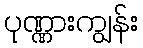
ပုဏ္ဏားကျွန်း